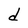
Character: d